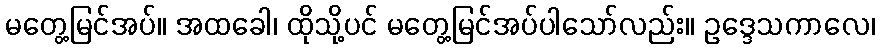
မတွေ့မြင်အပ်။ အထခေါ၊ ထိုသို့ပင် မတွေ့မြင်အပ်ပါသော်လည်း။ ဥဒ္ဒေသကာလေ၊